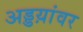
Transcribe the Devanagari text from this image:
अड्डय़ांवर